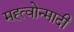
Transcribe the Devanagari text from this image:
मह्त्वोन्मादी